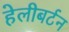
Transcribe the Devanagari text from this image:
हेलीबर्टन